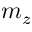
m _ { z }